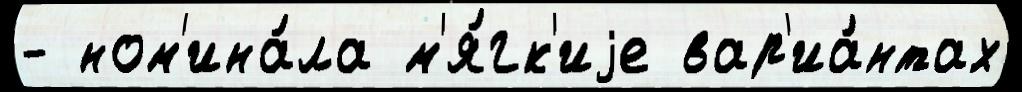
- ном'ина́ла м'я́гк'иjе вар'иа́нтах